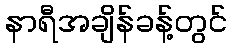
နာရီအချိန်ခန့်တွင်